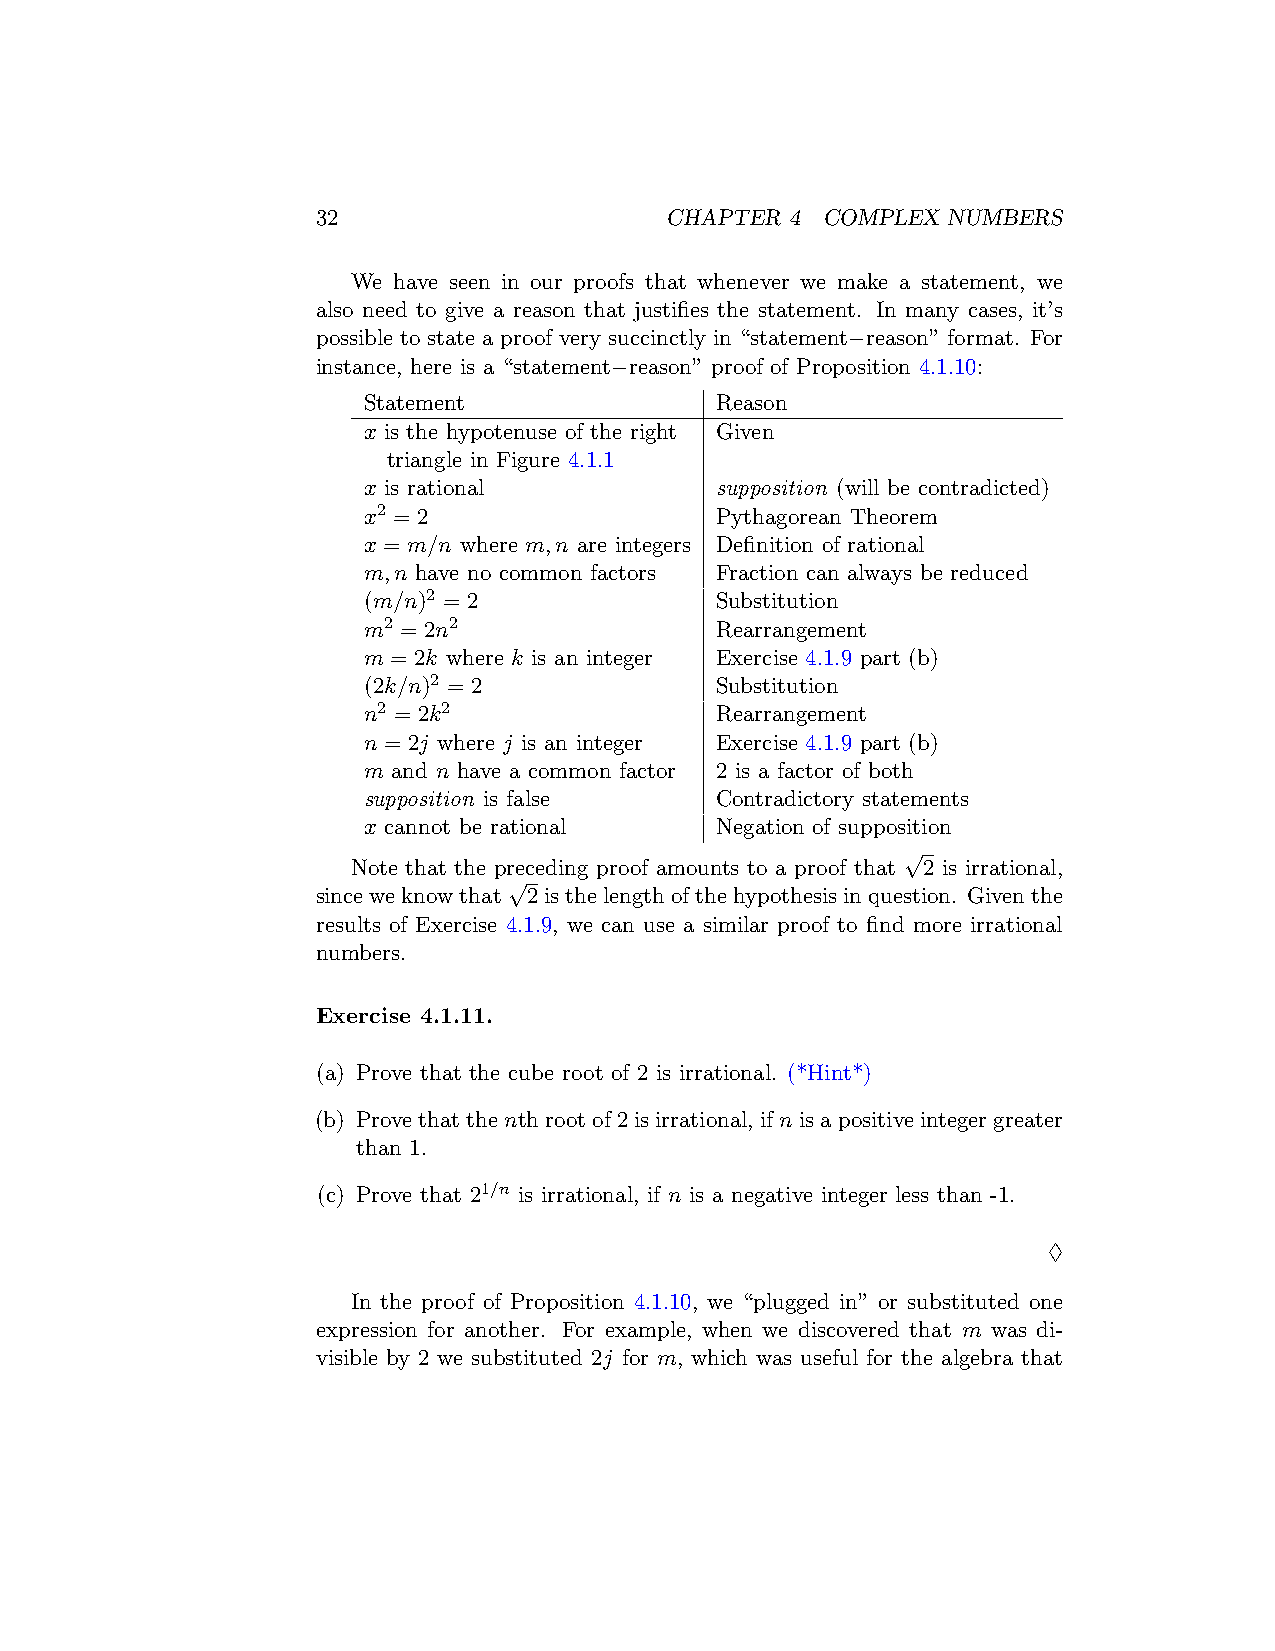
32                     CHAPTER 4 COMPLEX  NUMBERS
 We have seen in our proofs that whenever we make a statement, we
 also need to give a reason that justifies the statement. In many cases, it’s
 possible to state a proof very succinctly in “statement−reason” format. For
 instance, here is a “statement−reason” proof of Proposition 4.1.10:
 Statement              Reason
 x is the hypotenuse of the right Given
 triangle in Figure 4.1.1
 x is rational          supposition (will be contradicted)
 x2 = 2                 Pythagorean Theorem
 x = m/n where m,n are integers Definition of rational
 m,n have no common factors Fraction can always be reduced
 (m/n)2 = 2             Substitution
 m2 = 2n2               Rearrangement
 m = 2k where k is an integer Exercise 4.1.9 part (b)
 (2k/n)2 = 2            Substitution
 n2 = 2k2               Rearrangement
 n = 2j where j is an integer Exercise 4.1.9 part (b)
 m and n have a common factor 2 is a factor of both
 supposition is false   Contradictory statements
 x cannot be rational   Negation of supposition
 √
 Note that the preceding proof amounts to a proof that 2 is irrational,
 √
 sinceweknowthat 2isthelengthofthehypothesisinquestion. Giventhe
 results of Exercise 4.1.9, we can use a similar proof to find more irrational
 numbers.
 Exercise 4.1.11.
 (a) Prove that the cube root of 2 is irrational. (*Hint*)
 (b) Provethatthenthrootof2isirrational, ifnisapositiveintegergreater
 than 1.
 (c) Prove that 21/n is irrational, if n is a negative integer less than -1.
 ♢
 In the proof of Proposition 4.1.10, we “plugged in” or substituted one
 expression for another. For example, when we discovered that m was di-
 visible by 2 we substituted 2j for m, which was useful for the algebra that